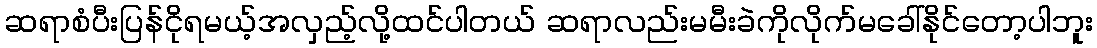
ဆရာစံပီးပြန်ငိုရမယ့်အလှည့်လို့ထင်ပါတယ် ဆရာလည်းမမီးခဲကိုလိုက်မခေါ်နိုင်တော့ပါဘူး